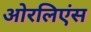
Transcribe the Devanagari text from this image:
ओरलिएंस